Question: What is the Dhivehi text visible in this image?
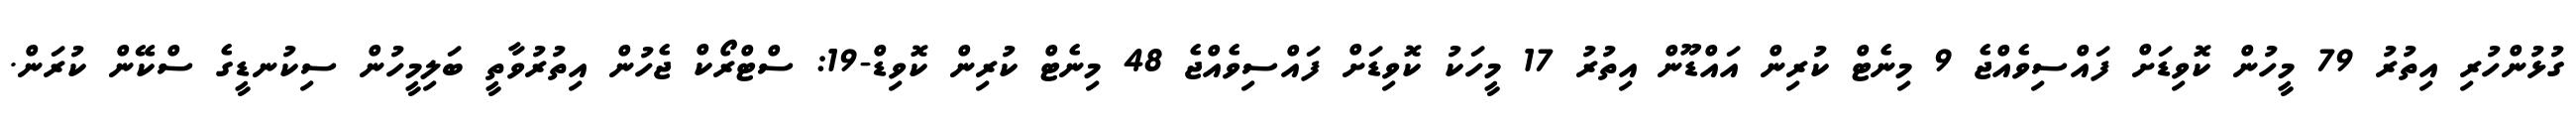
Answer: ގުޅުންހުރި އިތުރު 79 މީހުން ކޮވިޑަށް ފައްސިވެއްޖެ 9 މިނެޓް ކުރިން އައްޑޫން އިތުރު 17 މީހަކު ކޮވިޑަށް ފައްސިވެއްޖެ 48 މިނެޓް ކުރިން ކޮވިޑް-19: ސްޓްރޯކް ޖެހުން އިތުރުވާތީ ބަލިމީހުން ސިކުނޑީގެ ސްކޭން ކުރަން.